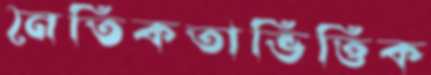
নৈতিকতাভিত্তিক